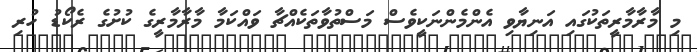
މި މާރާމާރީތަކުގައި އަނިޔާވި އެންމެންނަކީވެސް މަސްތުވާތަކެއްޗާ ވައްކަމާ މާރާމާރީގެ ކުށުގެ ރެކޯޑު ހުރި